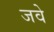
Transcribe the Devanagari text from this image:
जवे